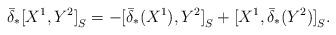
LaTeX: \begin{align*}\bar{\delta}_*{[X^1,Y^2]}_S=-{[\bar{\delta}_*(X^1),Y^2]}_S+{[X^1,\bar{\delta}_*(Y^2)]}_S.\end{align*}